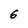
Character: 6